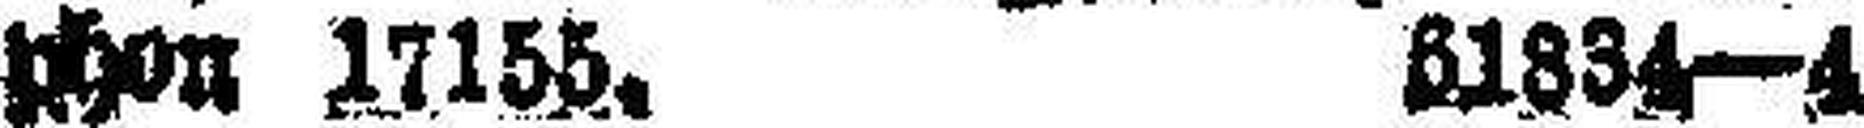
phon 17155. 61834—4